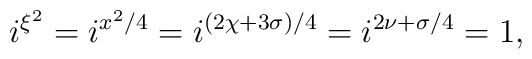
i^{\xi^2}=i^{x^2/4}=i^{(2\chi+3\sigma)/4}=i^{2\nu+\sigma/4}=1,